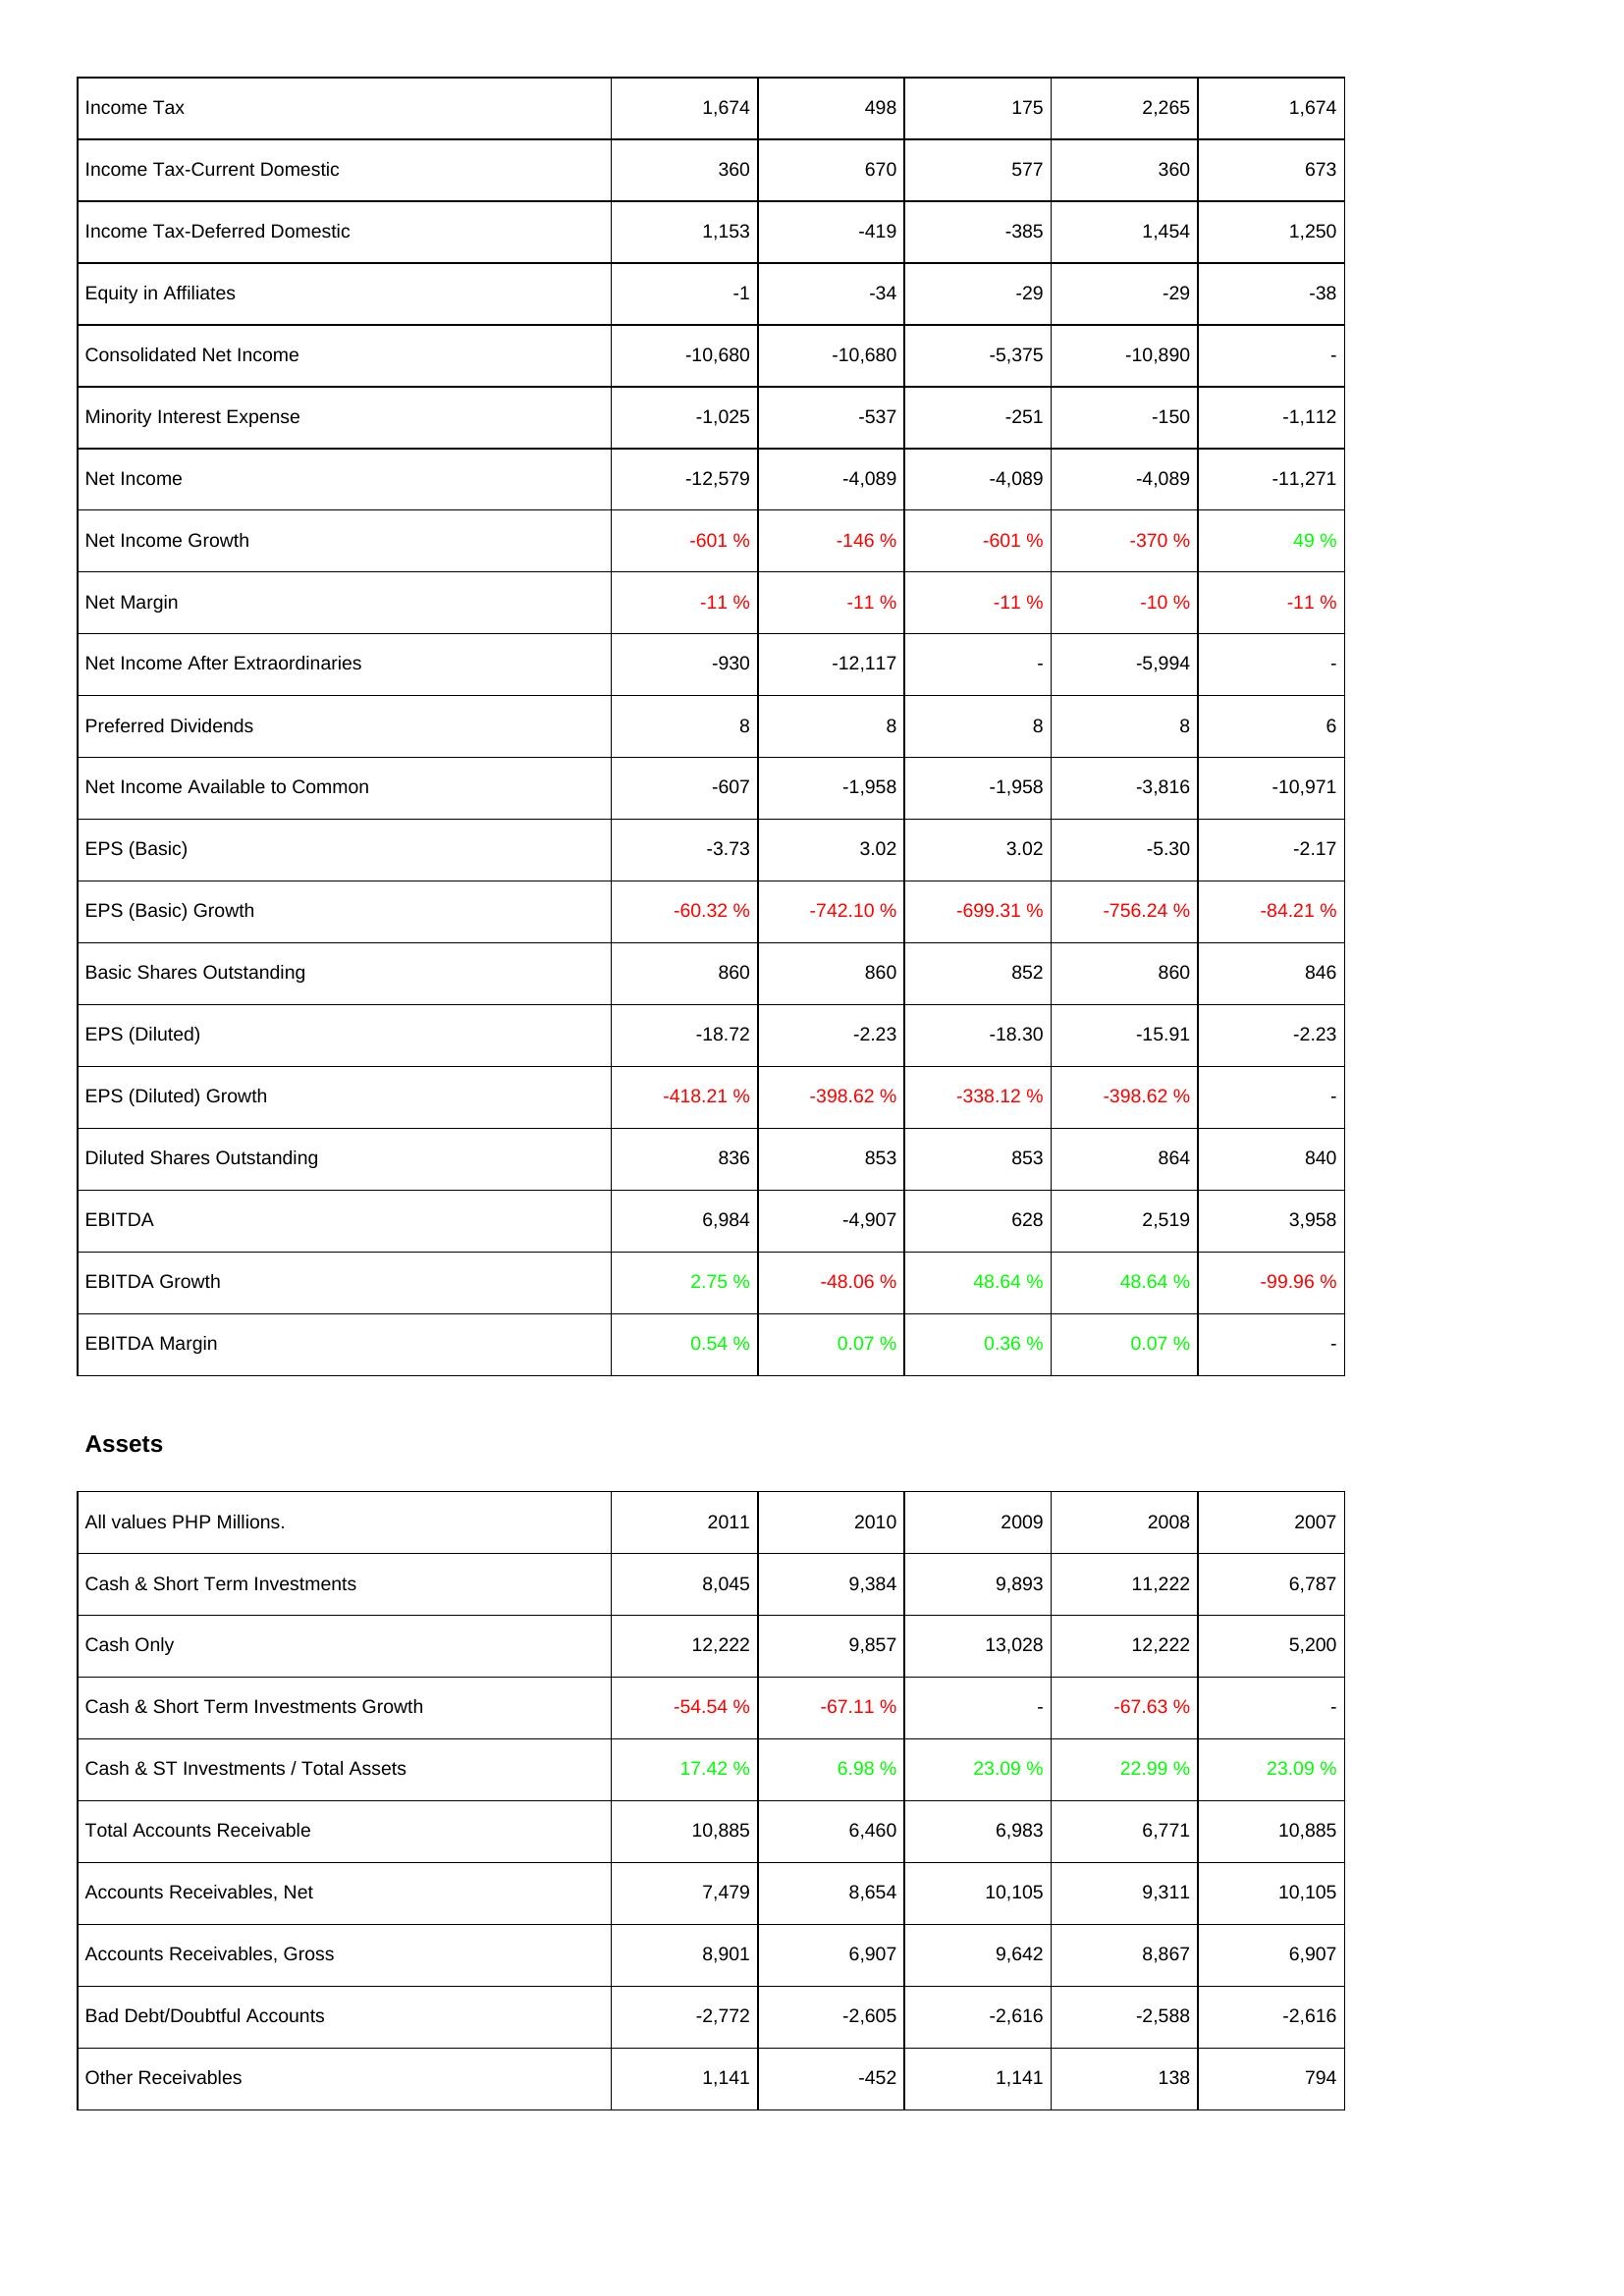
2011: Income Statement: Income Tax: 1,674
Income Tax-Current Domestic: 360
Income Tax-Deferred Domestic: 1,153
Equity in Affiliates: -1
Consolidated Net Income: -10,680
Minority Interest Expense: -1,025
Net Income: -12,579
Net Income Growth: -601 %
Net Margin: -11 %
Net Income After Extraordinaries: -930
Preferred Dividends: 8
Net Income Available to Common: -607
EPS (Basic): -3.73
EPS (Basic) Growth: -60.32 %
Basic Shares Outstanding: 860
EPS (Diluted): -18.72
EPS (Diluted) Growth: -418.21 %
Diluted Shares Outstanding: 836
EBITDA: 6,984
EBITDA Growth: 2.75 %
EBITDA Margin: 0.54 %
Assets: Cash & Short Term Investments: 8,045
Cash Only: 12,222
Cash & Short Term Investments Growth: -54.54 %
Cash & ST Investments / Total Assets: 17.42 %
Total Accounts Receivable: 10,885
Accounts Receivables, Net: 7,479
Accounts Receivables, Gross: 8,901
Bad Debt/Doubtful Accounts: -2,772
Other Receivables: 1,141
2010: Income Statement: Income Tax: 498
Income Tax-Current Domestic: 670
Income Tax-Deferred Domestic: -419
Equity in Affiliates: -34
Consolidated Net Income: -10,680
Minority Interest Expense: -537
Net Income: -4,089
Net Income Growth: -146 %
Net Margin: -11 %
Net Income After Extraordinaries: -12,117
Preferred Dividends: 8
Net Income Available to Common: -1,958
EPS (Basic): 3.02
EPS (Basic) Growth: -742.10 %
Basic Shares Outstanding: 860
EPS (Diluted): -2.23
EPS (Diluted) Growth: -398.62 %
Diluted Shares Outstanding: 853
EBITDA: -4,907
EBITDA Growth: -48.06 %
EBITDA Margin: 0.07 %
Assets: Cash & Short Term Investments: 9,384
Cash Only: 9,857
Cash & Short Term Investments Growth: -67.11 %
Cash & ST Investments / Total Assets: 6.98 %
Total Accounts Receivable: 6,460
Accounts Receivables, Net: 8,654
Accounts Receivables, Gross: 6,907
Bad Debt/Doubtful Accounts: -2,605
Other Receivables: -452
2009: Income Statement: Income Tax: 175
Income Tax-Current Domestic: 577
Income Tax-Deferred Domestic: -385
Equity in Affiliates: -29
Consolidated Net Income: -5,375
Minority Interest Expense: -251
Net Income: -4,089
Net Income Growth: -601 %
Net Margin: -11 %
Net Income After Extraordinaries: -
Preferred Dividends: 8
Net Income Available to Common: -1,958
EPS (Basic): 3.02
EPS (Basic) Growth: -699.31 %
Basic Shares Outstanding: 852
EPS (Diluted): -18.30
EPS (Diluted) Growth: -338.12 %
Diluted Shares Outstanding: 853
EBITDA: 628
EBITDA Growth: 48.64 %
EBITDA Margin: 0.36 %
Assets: Cash & Short Term Investments: 9,893
Cash Only: 13,028
Cash & Short Term Investments Growth: -
Cash & ST Investments / Total Assets: 23.09 %
Total Accounts Receivable: 6,983
Accounts Receivables, Net: 10,105
Accounts Receivables, Gross: 9,642
Bad Debt/Doubtful Accounts: -2,616
Other Receivables: 1,141
2008: Income Statement: Income Tax: 2,265
Income Tax-Current Domestic: 360
Income Tax-Deferred Domestic: 1,454
Equity in Affiliates: -29
Consolidated Net Income: -10,890
Minority Interest Expense: -150
Net Income: -4,089
Net Income Growth: -370 %
Net Margin: -10 %
Net Income After Extraordinaries: -5,994
Preferred Dividends: 8
Net Income Available to Common: -3,816
EPS (Basic): -5.30
EPS (Basic) Growth: -756.24 %
Basic Shares Outstanding: 860
EPS (Diluted): -15.91
EPS (Diluted) Growth: -398.62 %
Diluted Shares Outstanding: 864
EBITDA: 2,519
EBITDA Growth: 48.64 %
EBITDA Margin: 0.07 %
Assets: Cash & Short Term Investments: 11,222
Cash Only: 12,222
Cash & Short Term Investments Growth: -67.63 %
Cash & ST Investments / Total Assets: 22.99 %
Total Accounts Receivable: 6,771
Accounts Receivables, Net: 9,311
Accounts Receivables, Gross: 8,867
Bad Debt/Doubtful Accounts: -2,588
Other Receivables: 138
2007: Income Statement: Income Tax: 1,674
Income Tax-Current Domestic: 673
Income Tax-Deferred Domestic: 1,250
Equity in Affiliates: -38
Consolidated Net Income: -
Minority Interest Expense: -1,112
Net Income: -11,271
Net Income Growth: 49 %
Net Margin: -11 %
Net Income After Extraordinaries: -
Preferred Dividends: 6
Net Income Available to Common: -10,971
EPS (Basic): -2.17
EPS (Basic) Growth: -84.21 %
Basic Shares Outstanding: 846
EPS (Diluted): -2.23
EPS (Diluted) Growth: -
Diluted Shares Outstanding: 840
EBITDA: 3,958
EBITDA Growth: -99.96 %
EBITDA Margin: -
Assets: Cash & Short Term Investments: 6,787
Cash Only: 5,200
Cash & Short Term Investments Growth: -
Cash & ST Investments / Total Assets: 23.09 %
Total Accounts Receivable: 10,885
Accounts Receivables, Net: 10,105
Accounts Receivables, Gross: 6,907
Bad Debt/Doubtful Accounts: -2,616
Other Receivables: 794